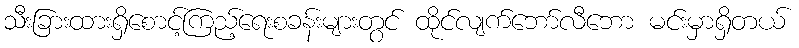
သီးခြားထားရှိစောင့်ကြည့်ရေးစခန်းများတွင် ထိုင်လျက်ဘော်လီဘော မင်းမှာရှိတယ်